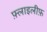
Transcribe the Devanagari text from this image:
फ़्लाइलीफ़